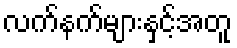
လက်နက်များနှင့်အတူ